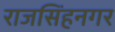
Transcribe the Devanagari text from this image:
राजसिंहनगर